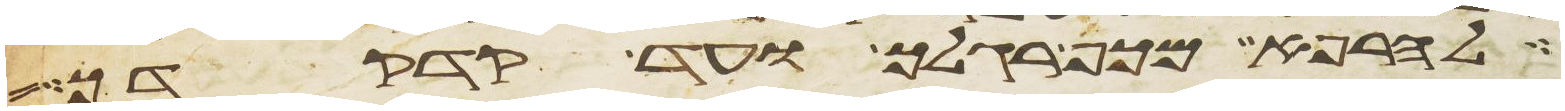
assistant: להרפא מכף רגלך ועד קדקדך